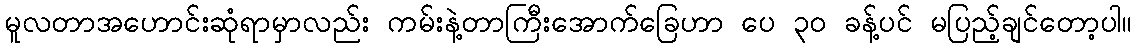
မူလတာအဟောင်းဆုံရာမှာလည်း ကမ်းနဲ့တာကြီးအောက်ခြေဟာ ပေ ၃၀ ခန့်ပင် မပြည့်ချင်တော့ပါ။